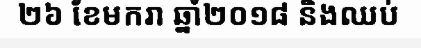
២៦ ខែមករា ឆ្នាំ២០១៨ និងឈប់